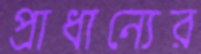
প্রাধান্যের